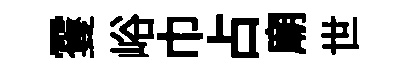
䨥峪巾占廟世